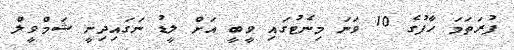
ފުރަތަމަ ހާފުގެ 10 ވަނަ މިނެޓުގައި ވީބީ އަށް ލީޑު ނަގައިދިނީ ޝަމްވީލް